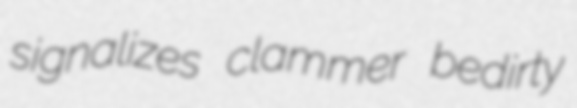
signalizes clammer bedirty